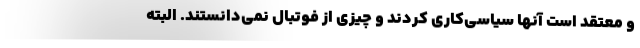
و معتقد است آنها سیاسی‌کاری کردند و چیزی از فوتبال نمی‌دانستند. البته